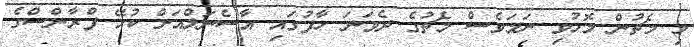
މި މެޗުން މޮޅުވި ނަމަވެސް މެޗުގެ ދެވަނަ ހާފުގައި އާސެނަލްއަށް ކުޅޭ ފްރާންސްގެ